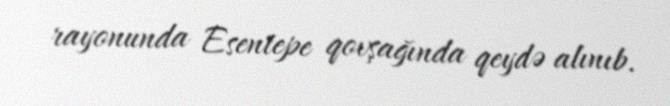
rayonunda Esentepe qovşağında qeydə alınıb.